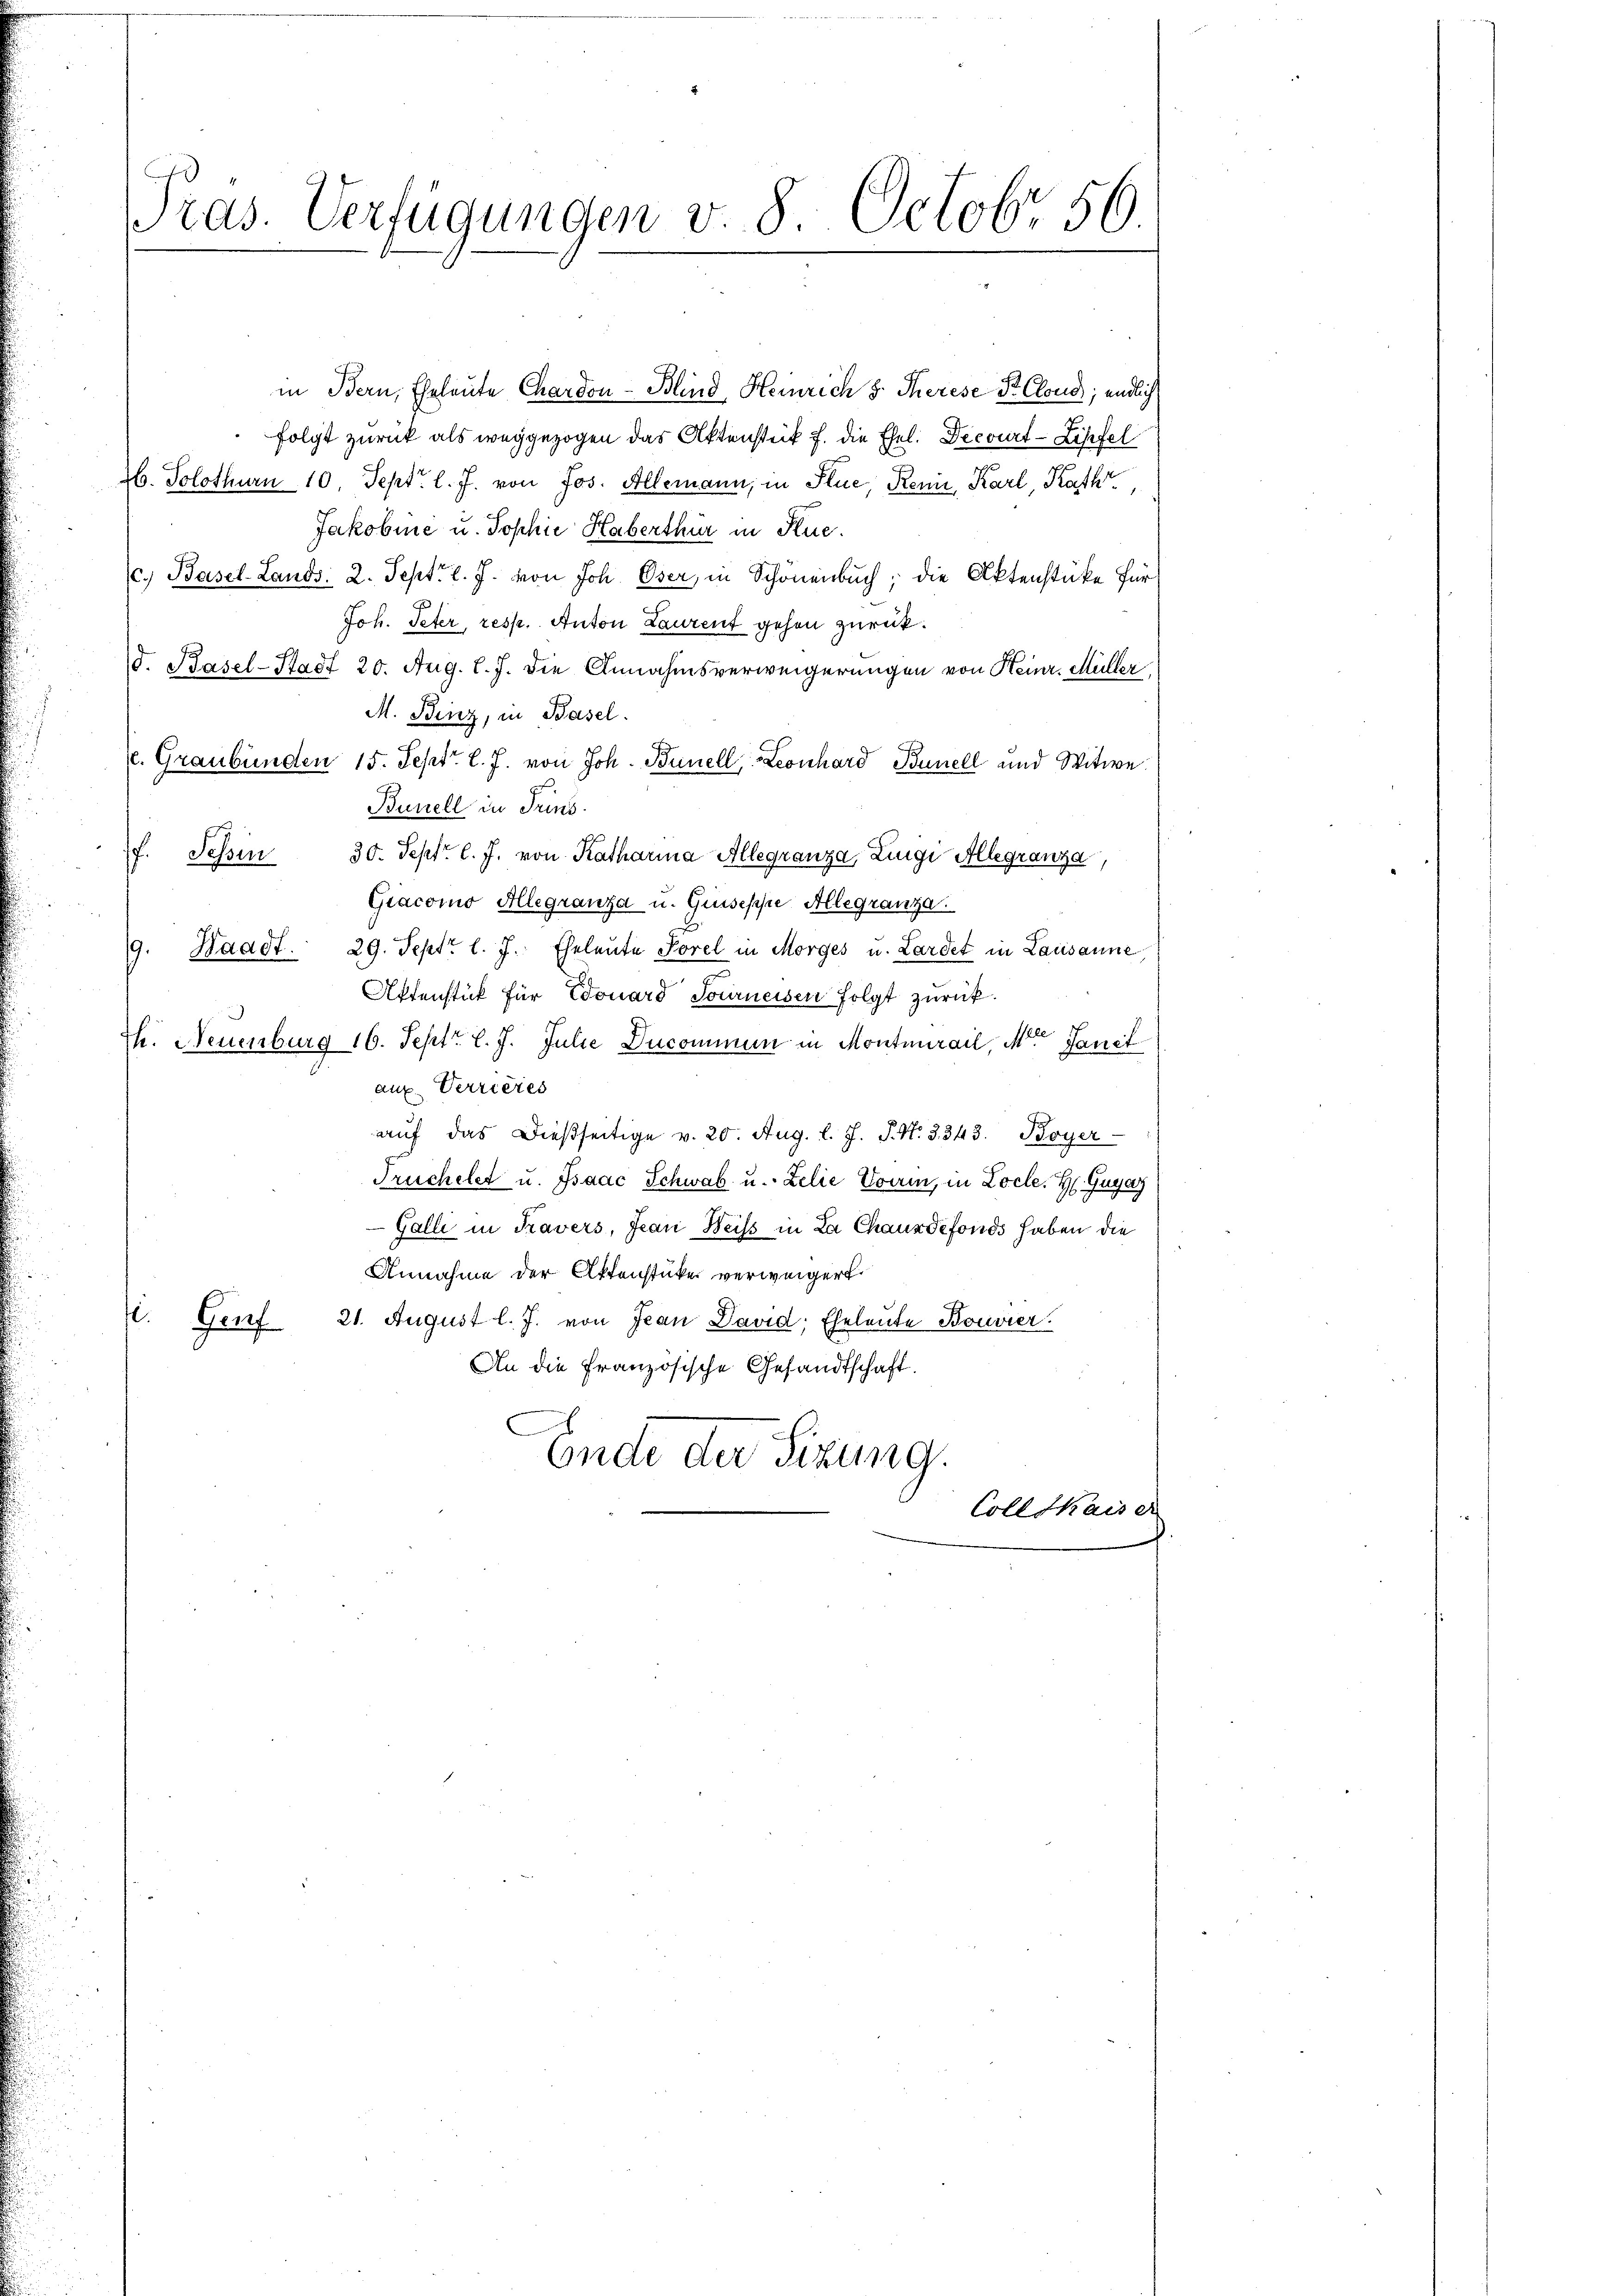
Präs. Verfügungen v. 8. Octobr 56.

in Bern, Eheleute Chardon-Blind Heinrich s. Therese Sr. Clond, endlich
folgt zurück als weggezogen das Aktenstück f. die Ehel. Decourt-Zipfel
26. Solothurn 10. Sept. l. J. von Jos. Allemann, in Stue, Reni, Karl, Kath
Jakobinie u. Sophie Haberthür in Kuc
(c.) Basel-Lands: 2. Sept. l. J. von Joh. Oser, in Schönenbuch; die Aktenstüke für
Joh. Peter, resp. Anton Laurent gehen zurück.
d. Basel-Stadt 20. Aug. l. J. die Annahmsverweigerungen von Heinr. Müller,
M. Binz, in Basel.
l. Graubünden 15. Sept. l. J. von Joh. Bunell, Leonhard Banell und Witwe.
Bunell in Trins
f. Tessin 30. Sept. l. J. von Katharina Allegranza, Zingi Allegranza,
Giacomo Allegranza u. Guiseppe Allegranza.
Waadt. 29. Sept. l. J. Eheleute Porel in Morges u. Lardet in Lausanne
s
Aktenstück für Edouard Tourneisen folgt zurück.
h. Neuenburg 16. Sept. l. J. Julie Ducommun in Montmarail, Meter Janit
aux. Verrieres
aŭf das dießseitige v. 20. Aug. l. J. J. N. 3343. Boyer
Truchelet u. Isaac Schwab u. Zelie Vorin, in Loele. H. Gugay
Galli in Travers, Jean Weiss in La Chauxdefonds haben die
Annahme der Aktenstücker verweigert
. Genf 21. August l. J. von Jean David Eheleute Bouvier.
An die französische Gesandtschaft.
Ende der Sitzung.
Coll Kaise